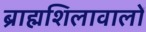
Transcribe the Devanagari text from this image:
ब्राह्मशिलावालों